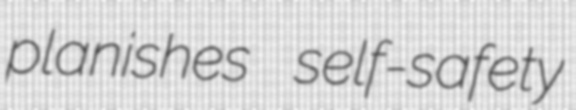
planishes self-safety